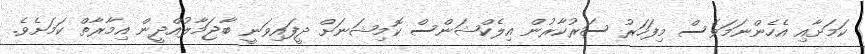
ކަމަށާއި އެހެންނަމަވެސް މިފަހަރު ސަރުކާރުން އިލެކްޝަންސް ކޮމިޝަނަށް ދީފައިވަނީ ބާޖަމާލުއްދީން އިމާރާތް ކަމަށެވެ.